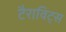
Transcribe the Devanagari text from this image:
टैराविट्स